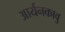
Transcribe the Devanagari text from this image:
आर्यनकावु